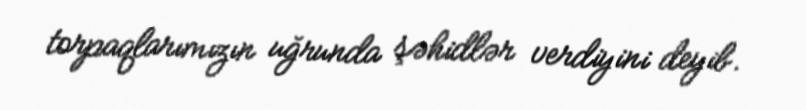
torpaqlarımızın uğrunda şəhidlər verdiyini deyib.